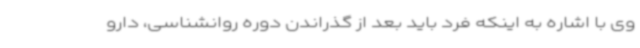
وی با اشاره به اینکه فرد باید بعد از گذراندن دوره روانشناسی، دارو